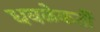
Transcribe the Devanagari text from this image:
धवळेकर्ती